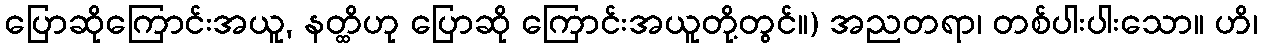
ပြောဆိုကြောင်းအယူ, နတ္ထိဟု ပြောဆို ကြောင်းအယူတို့တွင်။) အညတရာ၊ တစ်ပါးပါးသော။ ဟိ၊